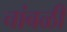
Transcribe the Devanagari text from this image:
चांबळी